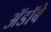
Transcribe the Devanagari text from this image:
ॲडॉबे